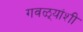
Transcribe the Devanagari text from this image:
गवळ्यांशी